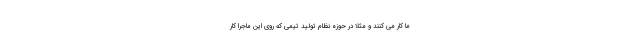
ما کار می کنند و مثلا در حوزه نظام تولید تیمی که روی این ماجرا کار